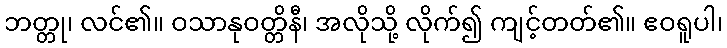
ဘတ္တု၊ လင်၏။ ဝသာနုဝတ္တိနီ၊ အလိုသို့ လိုက်၍ ကျင့်တတ်၏။ ဧဝရူပါ၊